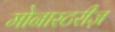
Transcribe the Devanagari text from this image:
मोनास्टरीज़